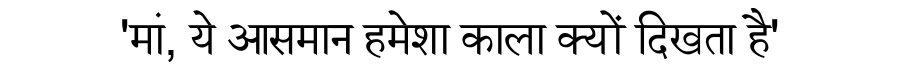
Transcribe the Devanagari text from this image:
'मां, ये आसमान हमेशा काला क्यों दिखता है'